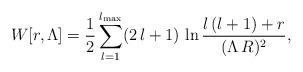
LaTeX: \begin{align*}W[r,\Lambda] ={1\over2}\sum_{l=1}^{l_{\rm max}}(2\,l +1)\,\ln{l\,(l+1)+r\over(\Lambda\,R)^2},\end{align*}